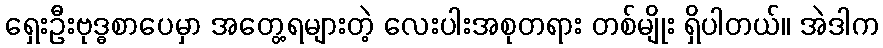
ရှေးဦးဗုဒ္ဓစာပေမှာ အတွေ့ရများတဲ့ လေးပါးအစုတရား တစ်မျိုး ရှိပါတယ်။ အဲဒါက